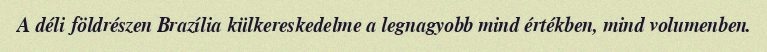
A déli földrészen Brazília külkereskedelme a legnagyobb mind értékben, mind volumenben.